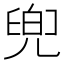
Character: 𠙧